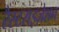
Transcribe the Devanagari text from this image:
रैस्टराइज़ेशन